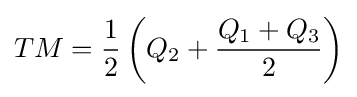
TM={\frac {1}{2}}\left(Q_{2}+{\frac {Q_{1}+Q_{3}}{2}}\right)